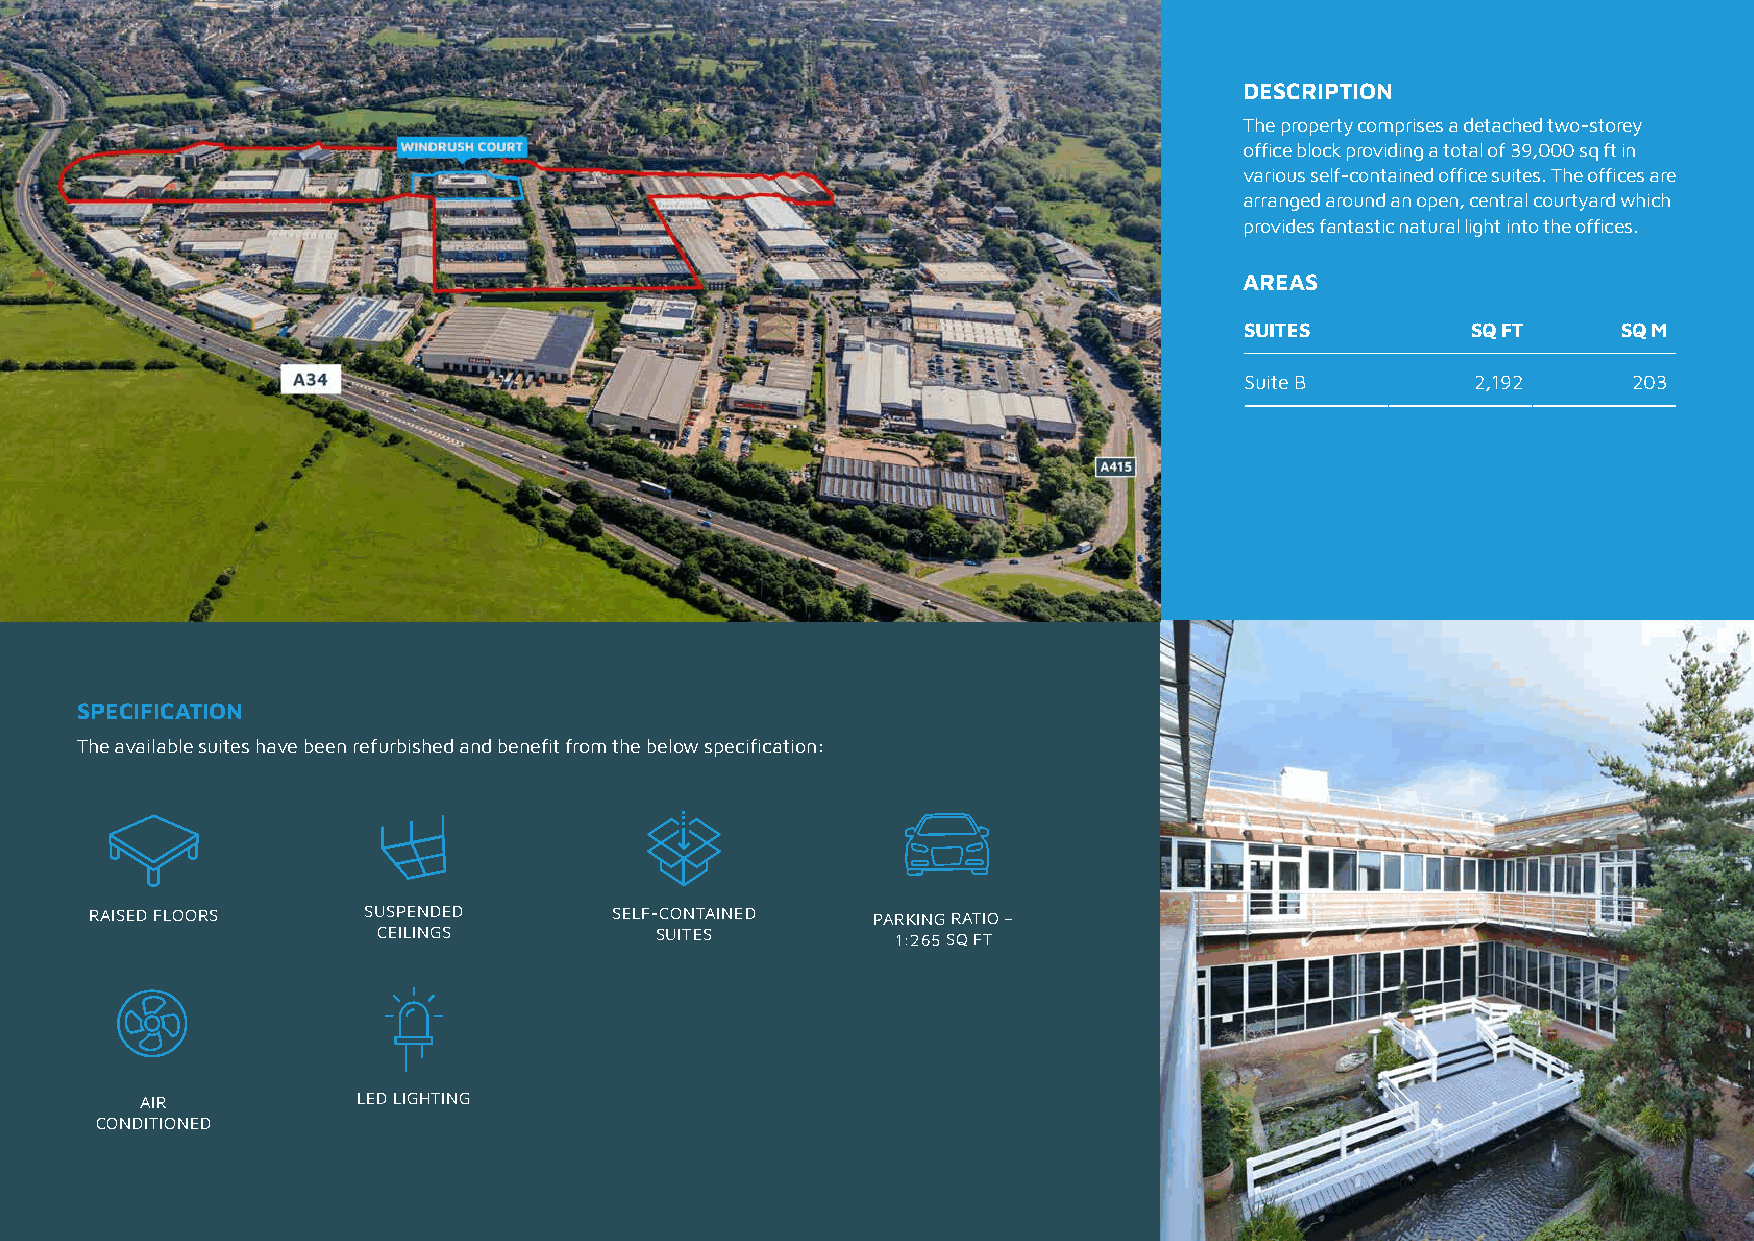
DESCRIPTION
 The property comprises a detached two-storey
 office block providing a total of 39,000 sq ft in
 various self-contained office suites. The offices are
 arranged around an open, central courtyard which
 provides fantastic natural light into the offices.
 AREAS
 SUITES         SQ FT     SQ M
 Suite B         2,192     203
 SPECIFICATION
 The available suites have been refurbished and benefit from the below specification:
 RAISED FLOORS     SUSPENDED        SELF-CONTAINED   PARKING RATIO –
 CEILINGS          SUITES          1:265 SQ FT
 AIR            LED LIGHTING
 CONDITIONED